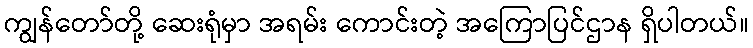
ကျွန်တော်တို့ ဆေးရုံမှာ အရမ်း ကောင်းတဲ့ အကြောပြင်ဌာန ရှိပါတယ်။